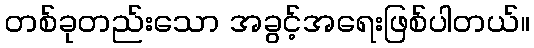
တစ်ခုတည်းသော အခွင့်အရေးဖြစ်ပါတယ်။